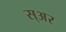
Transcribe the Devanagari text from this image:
स्अर